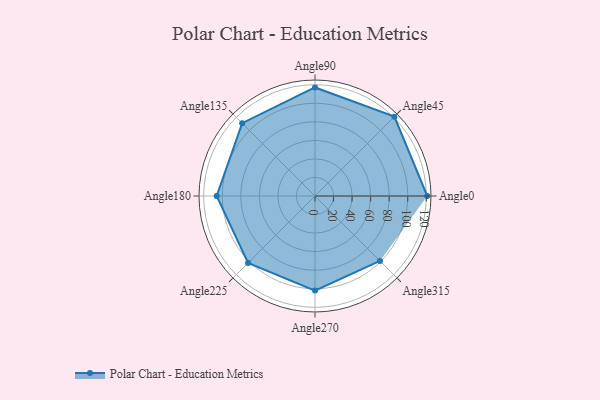
{"axis": {"x": "Angle", "y": "Radius"}, "legend": [""], "data": [{"x": "Angle0", "y": 121.0, "type": ""}, {"x": "Angle45", "y": 121.0, "type": ""}, {"x": "Angle90", "y": 117.0, "type": ""}, {"x": "Angle135", "y": 111.0, "type": ""}, {"x": "Angle180", "y": 106.0, "type": ""}, {"x": "Angle225", "y": 102.0, "type": ""}, {"x": "Angle270", "y": 102.0, "type": ""}, {"x": "Angle315", "y": 99.0, "type": ""}]}